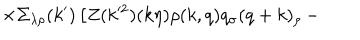
LaTeX: \times \Sigma _ { \lambda \rho } ( k ^ { \prime } ) \left[ Z ( k ^ { 2 } ) ( k \eta ) \rho ( k , q ) q _ { \sigma } ( q + k ) _ { \rho } \right. -